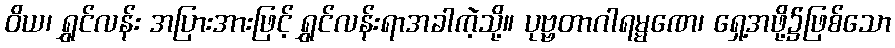
ဝိယ၊ ရွှင်လန်း အပြားအားဖြင့် ရွှင်လန်းရာအခါကဲ့သို့။ ပုဗ္ဗတာဂါရမ္မဏေ၊ ရှေ့အဖို့၌ဖြစ်သော